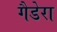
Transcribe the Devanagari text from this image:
गैडेरा